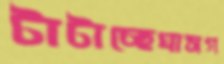
টাটাচ্ছেঘাসগ